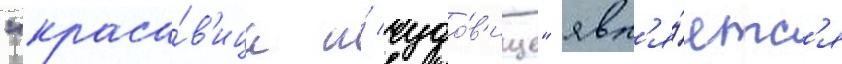
"краса́в'ица и́ чудо́в'ище" явл'я́етс'я